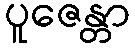
ပူဇေန္တာ